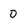
Character: 0